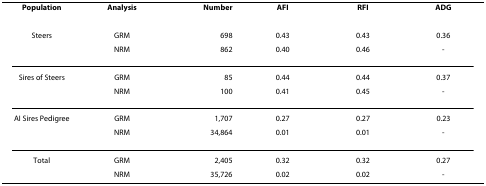
| Population | Analysis | Number | AFI | RFI | ADG |
 | --- | --- | --- | --- | --- | --- |
 | Steers | GRM | 698 | 0.43 | 0.43 | 0.36 |
 |  | NRM | 862 | 0.40 | 0.46 | - |
 | Sires of Steers | GRM | 85 | 0.44 | 0.44 | 0.37 |
 |  | NRM | 100 | 0.41 | 0.45 | - |
 | AI Sires Pedigree | GRM | 1,707 | 0.27 | 0.27 | 0.23 |
 |  | NRM | 34,864 | 0.01 | 0.01 | - |
 | Total | GRM | 2,405 | 0.32 | 0.32 | 0.27 |
 |  | NRM | 35,726 | 0.02 | 0.02 | - |